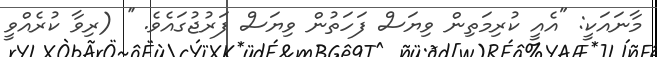
މާނައަކީ: "އެއީ ކުރިމަތިން ވިޔަސް ފަހަތުން ވިޔަސް ފަރުޖުގައެވެ. '' (ރިވާ ކުރެއްވީ